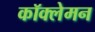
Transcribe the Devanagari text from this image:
कॉक्लेमन